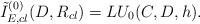
LaTeX: \begin{align*}{\tilde I}^{(0)}_{E,cl}(D,R_{cl}) = LU_0(C,D,h).\end{align*}